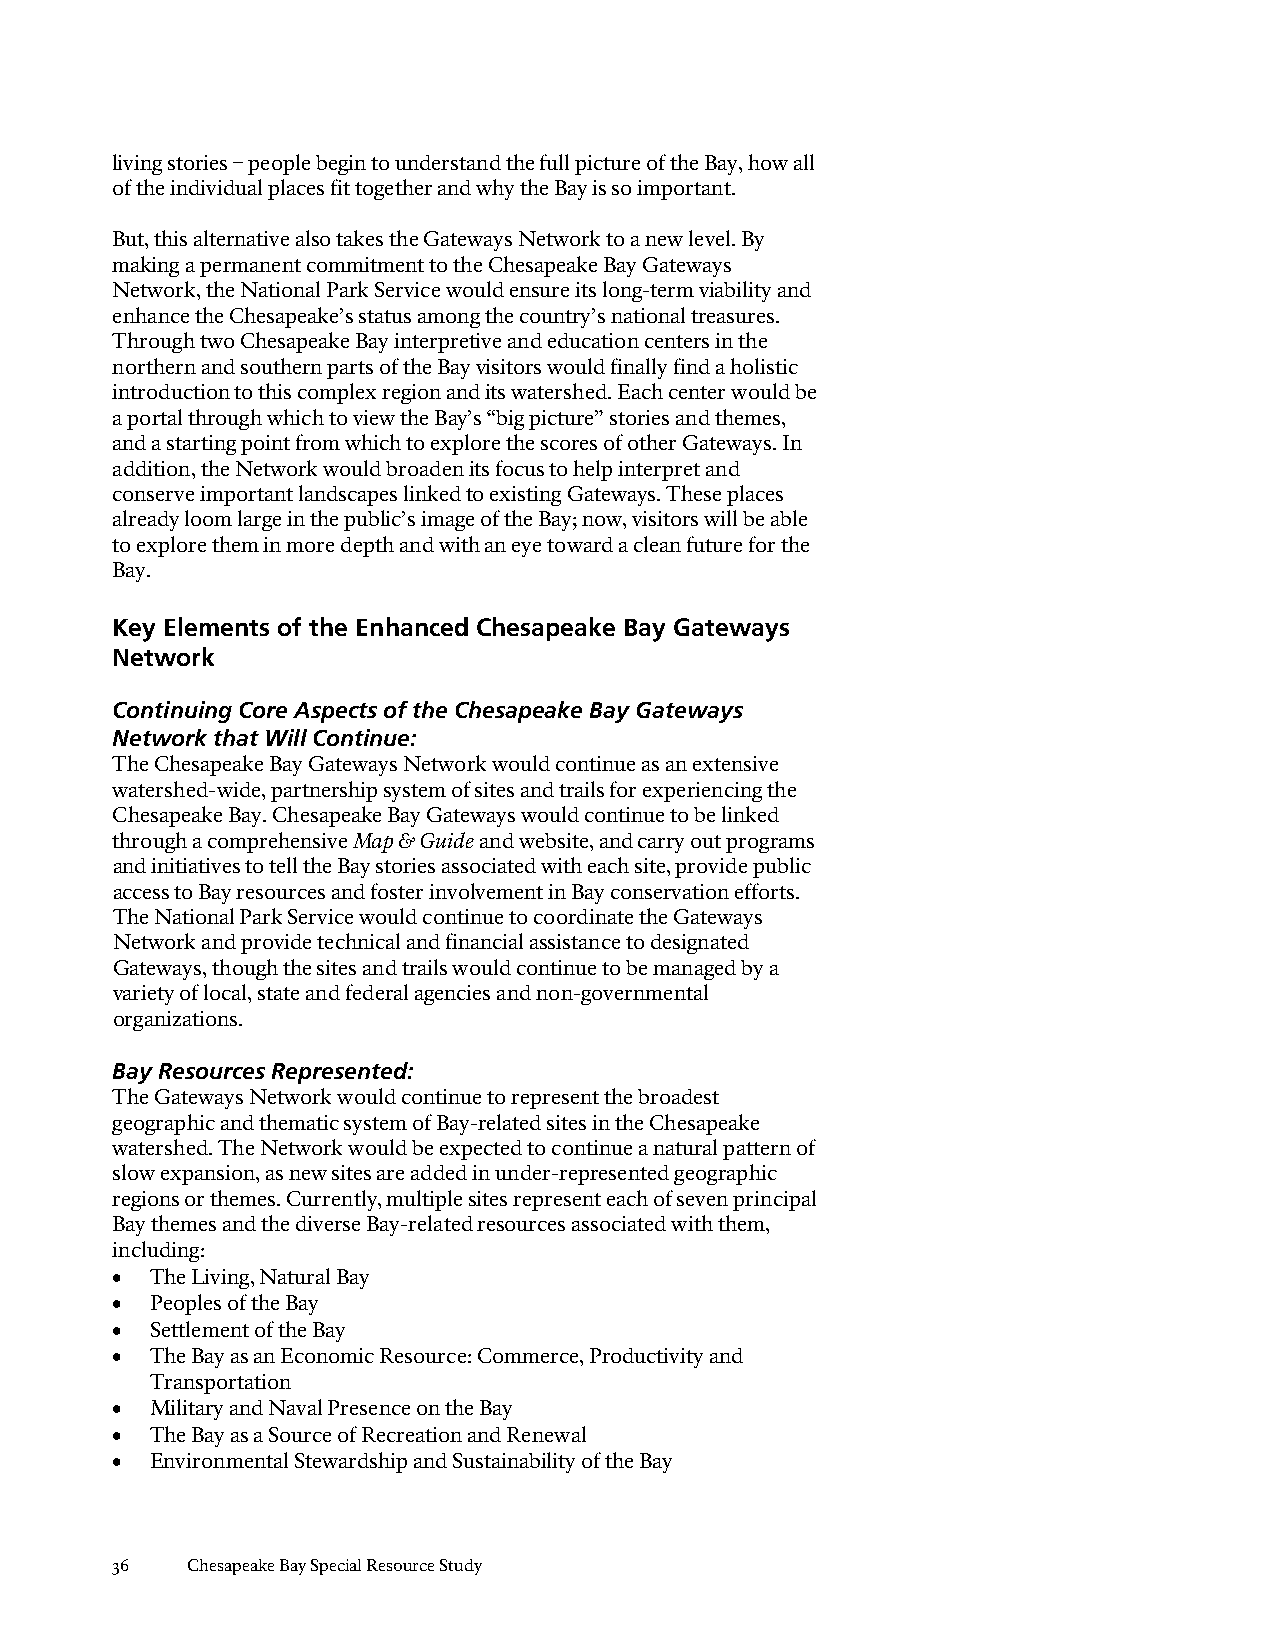
living stories – people begin to understand the full picture of the Bay, how all
 of the individual places fit together and why the Bay is so important.
 But, this alternative also takes the Gateways Network to a new level. By
 making a permanent commitment to the Chesapeake Bay Gateways
 Network, the National Park Service would ensure its long-term viability and
 enhance the Chesapeake’s status among the country’s national treasures.
 Through two Chesapeake Bay interpretive and education centers in the
 northern and southern parts of the Bay visitors would finally find a holistic
 introduction to this complex region and its watershed. Each center would be
 a portal through which to view the Bay’s “big picture” stories and themes,
 and a starting point from which to explore the scores of other Gateways. In
 addition, the Network would broaden its focus to help interpret and
 conserve important landscapes linked to existing Gateways. These places
 already loom large in the public’s image of the Bay; now, visitors will be able
 to explore them in more depth and with an eye toward a clean future for the
 Bay.
 Key Elements of the Enhanced Chesapeake Bay Gateways
 Network
 Continuing Core Aspects of the Chesapeake Bay Gateways
 Network that Will Continue:
 The Chesapeake Bay Gateways Network would continue as an extensive
 watershed-wide, partnership system of sites and trails for experiencing the
 Chesapeake Bay. Chesapeake Bay Gateways would continue to be linked
 through a comprehensive Map & Guide and website, and carry out programs
 and initiatives to tell the Bay stories associated with each site, provide public
 access to Bay resources and foster involvement in Bay conservation efforts.
 The National Park Service would continue to coordinate the Gateways
 Network and provide technical and financial assistance to designated
 Gateways, though the sites and trails would continue to be managed by a
 variety of local, state and federal agencies and non-governmental
 organizations.
 Bay Resources Represented:
 The Gateways Network would continue to represent the broadest
 geographic and thematic system of Bay-related sites in the Chesapeake
 watershed. The Network would be expected to continue a natural pattern of
 slow expansion, as new sites are added in under-represented geographic
 regions or themes. Currently, multiple sites represent each of seven principal
 Bay themes and the diverse Bay-related resources associated with them,
 including:
 •  The Living, Natural Bay
 •  Peoples of the Bay
 •  Settlement of the Bay
 •  The Bay as an Economic Resource: Commerce, Productivity and
 Transportation
 •  Military and Naval Presence on the Bay
 •  The Bay as a Source of Recreation and Renewal
 •  Environmental Stewardship and Sustainability of the Bay
 36   Chesapeake Bay Special Resource Study